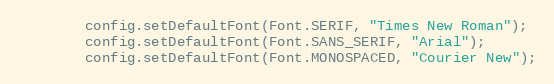
Language: Java
		config.setDefaultFont(Font.SERIF, "Times New Roman");
		config.setDefaultFont(Font.SANS_SERIF, "Arial");
		config.setDefaultFont(Font.MONOSPACED, "Courier New");